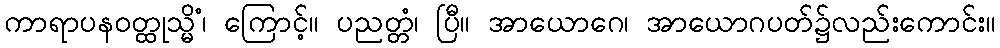
ကာရာပနဝတ္ထုသ္မိံ၊ ကြောင့်။ ပညတ္တံ၊ ပြီ။ အာယောဂေ၊ အာယောဂပတ်၌လည်းကောင်း။